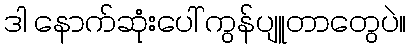
ဒါ နောက်ဆုံးပေါ် ကွန်ပျူတာတွေပဲ။